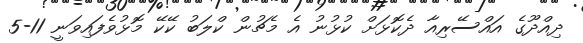
ދިއްދޫގެ އައްސޭރިއާ ދެކޮޅަށް ކުޅުނު އެ މެޗުން ކްލަބު ކޭކޭ މޮޅުވެފައިވަނީ 11-5